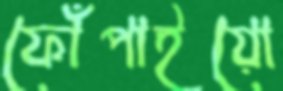
ফোঁপাইয়ো